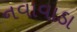
નવાવાડા